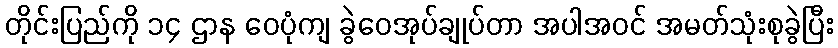
တိုင်းပြည်ကို ၁၄ ဌာန ဝေပုံကျ ခွဲဝေအုပ်ချုပ်တာ အပါအဝင် အမတ်သုံးစုခွဲပြီး